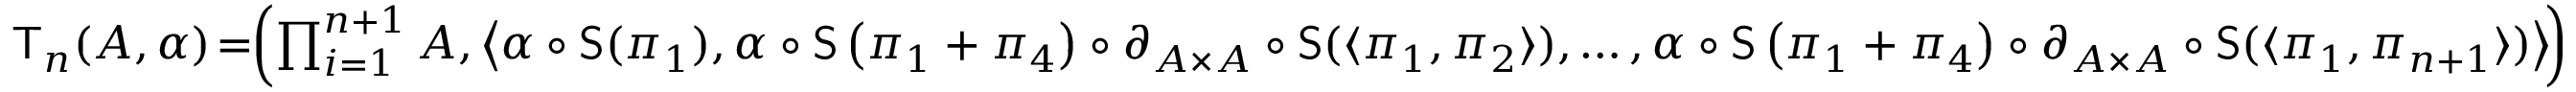
\begin{array} { r } { \mathsf { T } _ { n } ( A , \alpha ) \! = \! \! \left( \prod _ { i = 1 } ^ { n + 1 } A , \left\langle \alpha \circ \mathsf { S } ( \pi _ { 1 } ) , \alpha \circ \mathsf { S } \left( \pi _ { 1 } + \pi _ { 4 } \right) \circ \partial _ { A \times A } \circ \mathsf { S } ( \langle \pi _ { 1 } , \pi _ { 2 } \rangle ) , \hdots , \alpha \circ \mathsf { S } \left( \pi _ { 1 } + \pi _ { 4 } \right) \circ \partial _ { A \times A } \circ \mathsf { S } ( \langle \pi _ { 1 } , \pi _ { n + 1 } \rangle ) \right\rangle \! \right) } \end{array}